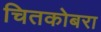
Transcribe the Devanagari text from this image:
चितकोबरा